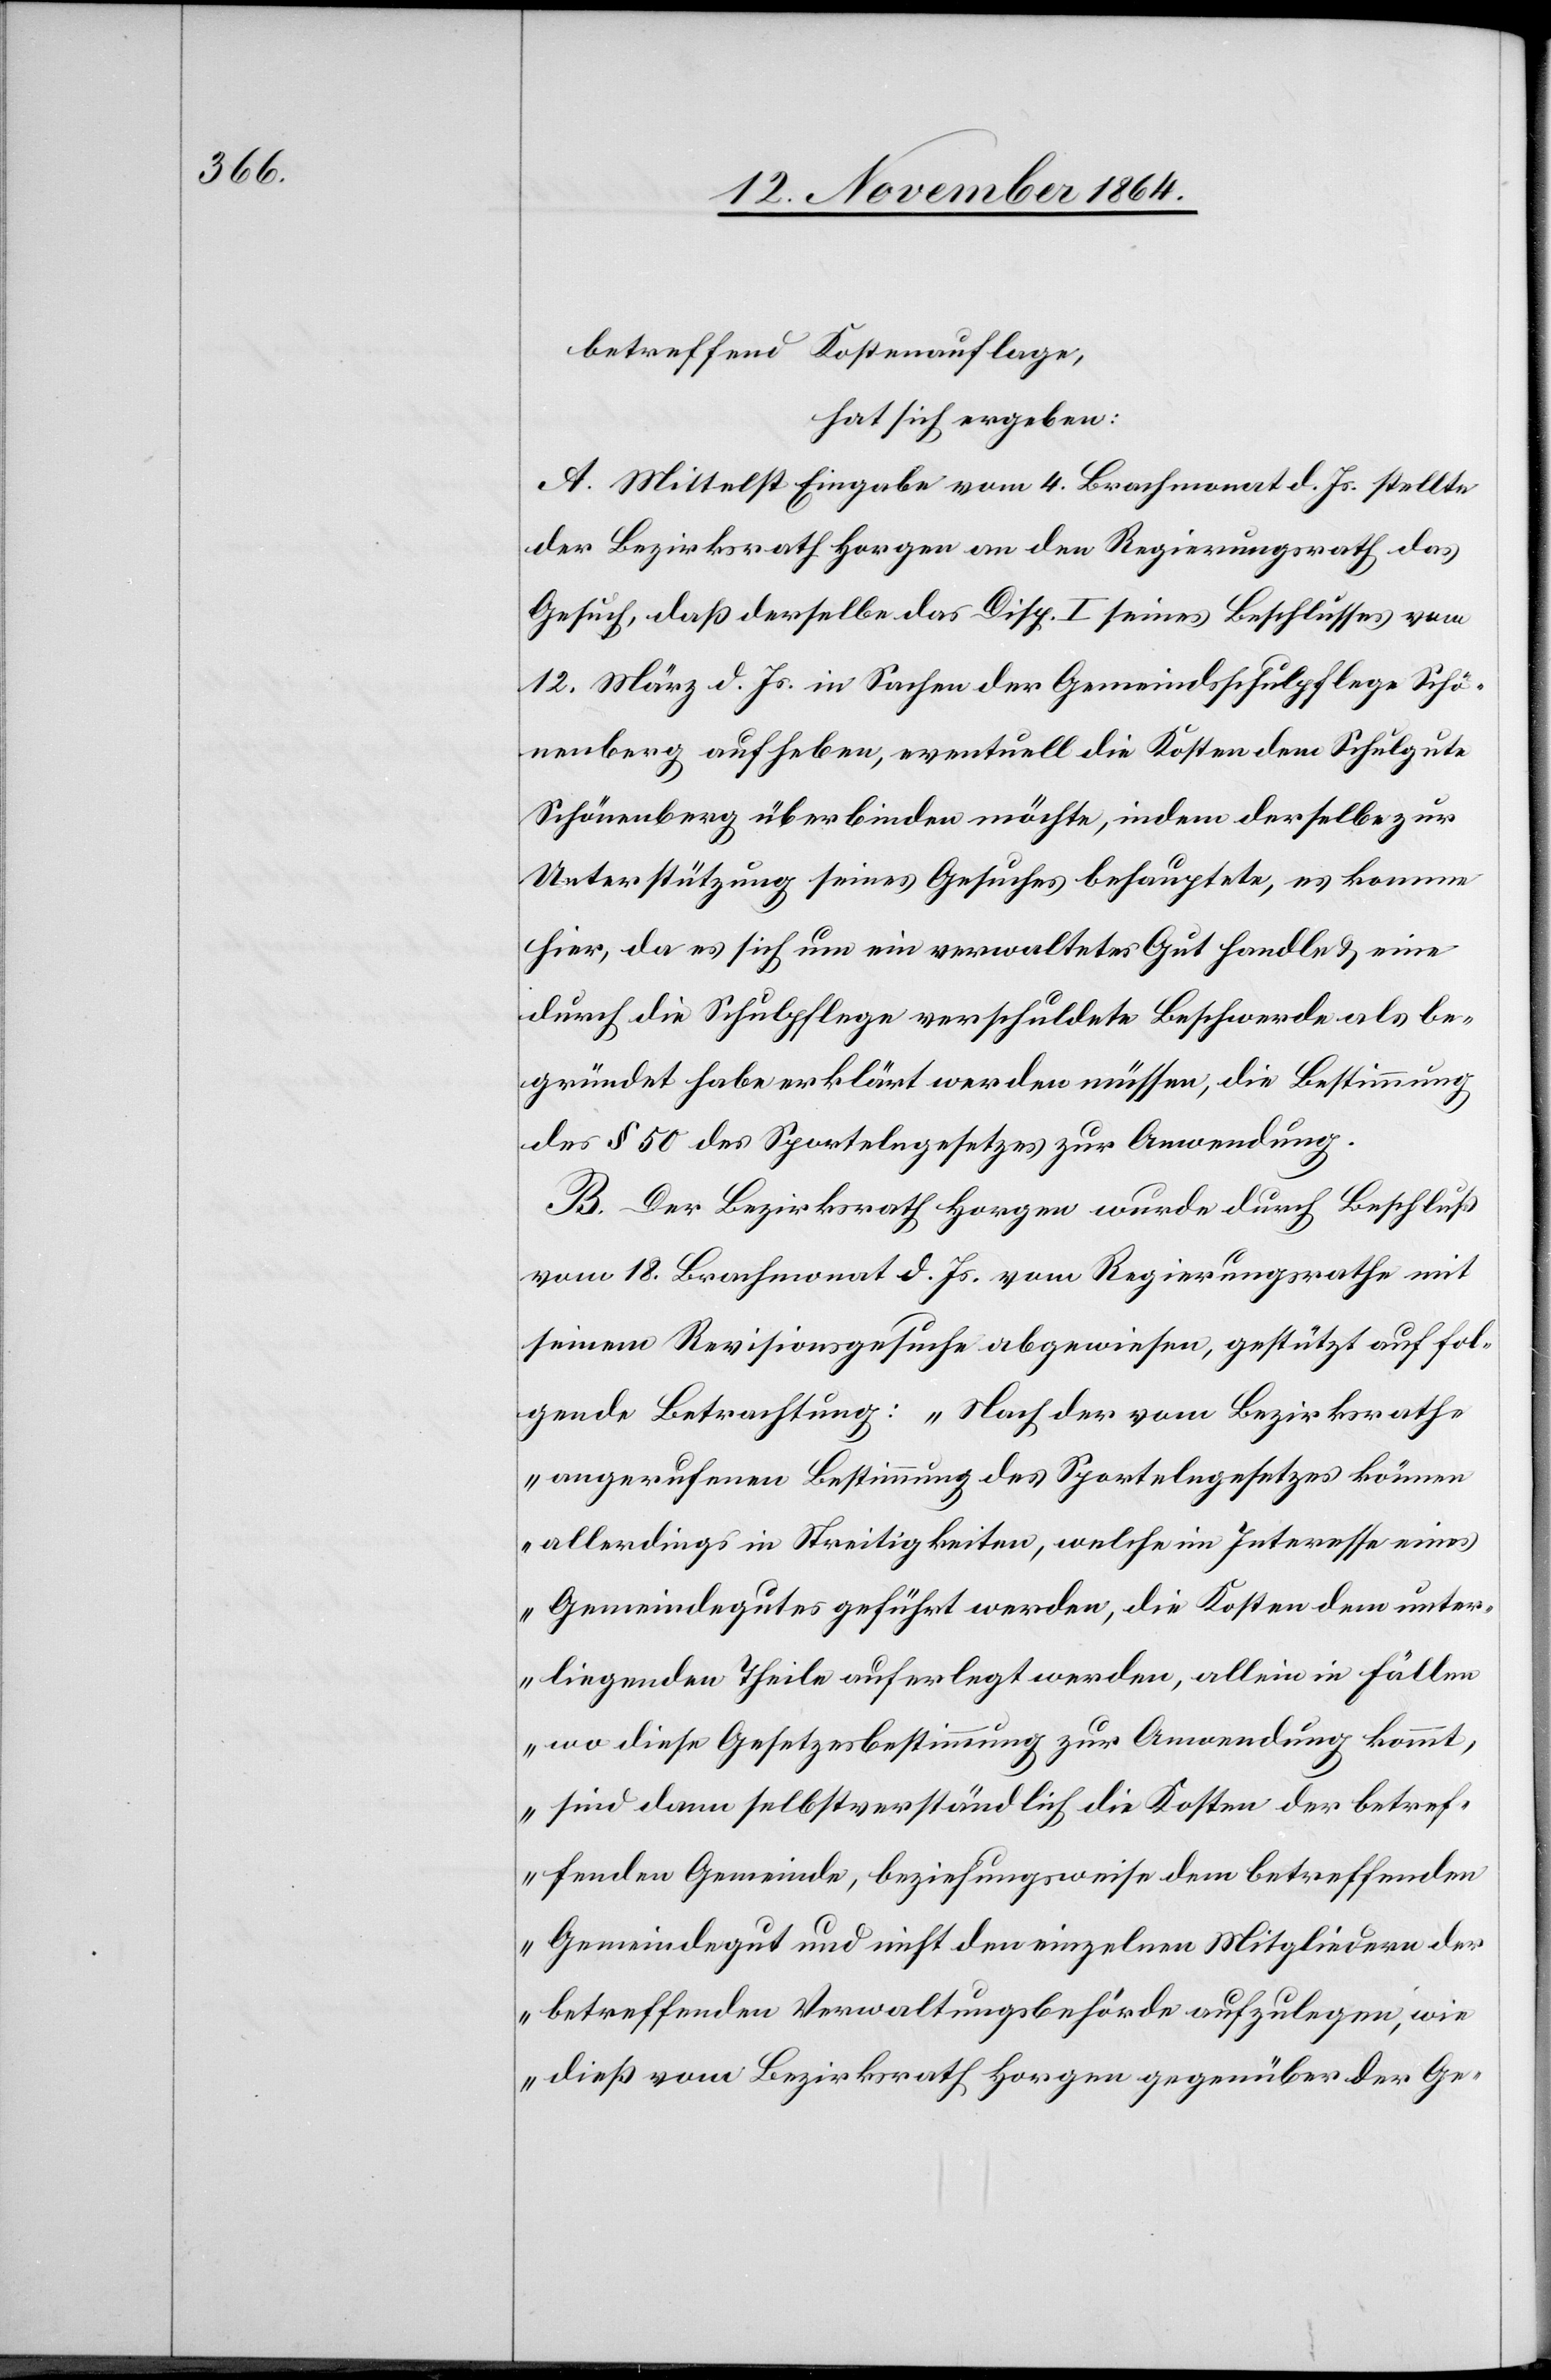
betreffend Kostenauflage,
hat sich ergeben:
A. Mittelst Eingabe vom 4. Brachmonat d. Js. stellte
der Bezirksrath Horgen an den Regierungsrath das
Gesuch, daß derselbe das Disp. I seines Beschlusses vom
12. März d. Js. in Sachen der Gemeindsschulpflege Schö¬
nenberg aufheben, eventuell die Kosten dem Schulgute
Schönenberg überbinden möchte, indem derselbe zur
Unterstützung seines Gesuches behauptete, es komme
hier, da es sich um ein verwaltetes Gut handle & eine
durch die Schulpflege verschuldete Beschwerde als be¬
gründet habe erklärt werden müssen, die Bestimmung
des § 50 des Sportelngesetzes zur Anwendung.
B. Der Bezirksrath Horgen wurde durch Beschluß
vom 18. Brachmonat d. Js. vom Regierungsrathe mit
seinem Revisionsgesuche abgewiesen, gestützt auf fol¬
gende Betrachtung: „Nach der vom Bezirksrathe
angerufenen Bestimmung des Sportelngesetzes können
allerdings in Streitigkeiten, welche im Interesse eines
Gemeindegutes geführt werden, die Kosten dem unter¬
liegenden Theile auferlegt werden, allein in Fällen
wo diese Gesetzesbestimmung zur Anwendung kommt,
sind dann selbstverständlich die Kosten der betref¬
fenden Gemeinde, beziehungsweise dem betreffenden
Gemeindegut und nicht den einzelnen Mitgliedern der
betreffenden Verwaltungsbehörde aufzulegen, wie
dieß vom Bezirksrath Horgen gegenüber der Ge-